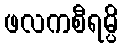
ဖလကစီရမ္ပိ